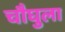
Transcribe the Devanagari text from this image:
चौघुला